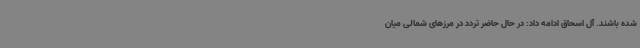
شده باشند. آل اسحاق ادامه داد: در حال حاضر تردد در مرزهای شمالی میان